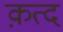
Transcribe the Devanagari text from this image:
क़त्द